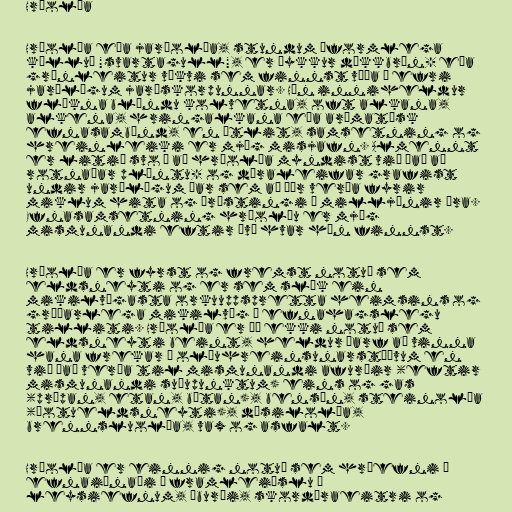
Hráolía

Hráolía eða jarðolía, stundum óformlega
kölluð "svartagull", er þykkur dökkbrún- eða
grænleitur vökvi sem finnst víða í efri
jarðlögum jarðskorpunnar. Hún inniheldur
flókna blöndu kolvetna, oft alkana,
alkena, hringalkana eða arómatísk
efnasambönd, en útlit, samsetning og
hreinleiki er mjög misjafn. Almennt
er litið svo á að hráolía myndist við það að
rotnaðar plöntu- og dýraleifar grafist
undir jarðlögum þar sem að þær verða fyrir
miklum hita og þrýstingi í milljónir ára.
Efnasamsetning hráolíu er mjög
mismunandi eftir því hvar hún finnst.

Hráolía er fyrst og fremst notuð sem
eldsneyti og er sem slík ein
mikilvægasta orkuuppspretta heimsins og
gríðarlega mikilvæg í efnahagslegu
tilliti. Hráolía er þó ekki notuð sem
eldsneyti beint, heldur þarf að vinna
hana frekar í olíuhreinsunarstöðvum en
við það verða til mismunandi afurðir (eftir
mismunandi suðupunktum) eins og gas
(própan, etan, bútan), bensín, steinolía
(þotueldsneyti), dísilolía,
brennsluolía, vax og asfalt.

Hráolía er einnig notuð sem hráefni í
efnaiðnaði í framleiðslu á
leysiefnum, áburði, skordýraeitri og